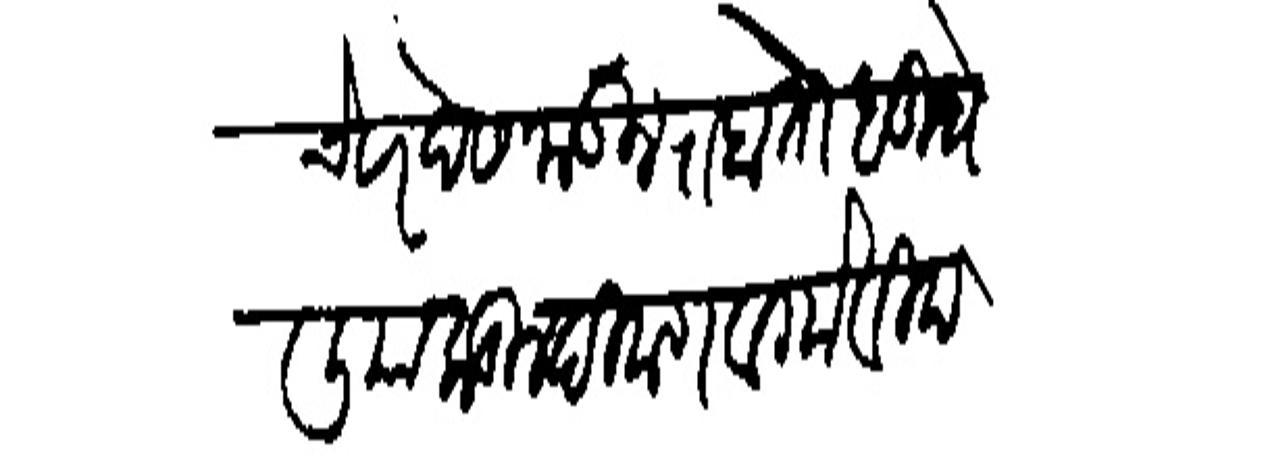
Transliteration (Devanagari): चे सरदेस जाऊन राहतो बुधेलियाकडील दिवाण व गोविंद